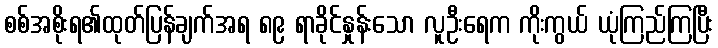
စစ်အစိုးရ၏ထုတ်ပြန်ချက်အရ ၈၉ ရာခိုင်နှုန်းသော လူဦးရေက ကိုးကွယ် ယုံကြည်ကြပြီး